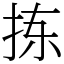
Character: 拣